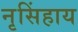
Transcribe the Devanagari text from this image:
नृसिंहाय